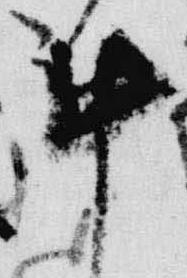
計